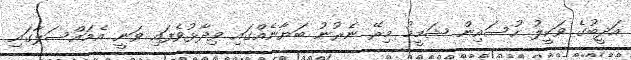
އަދީބުގެ ވަކީލު ހުސައިން ޝަމީމު މިރޭ ނެރުނު ބަޔާނެއްގައި ވިދާޅުވެފައި ވަނީ އެމައްސަލާގައި